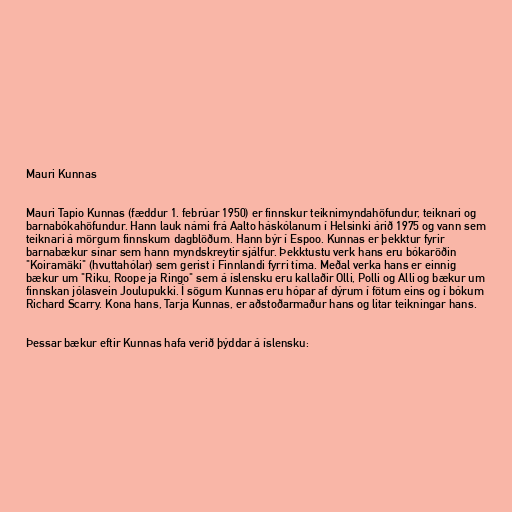
Mauri Kunnas

Mauri Tapio Kunnas (fæddur 1. febrúar 1950) er finnskur teiknimyndahöfundur, teiknari og
barnabókahöfundur. Hann lauk námi frá Aalto háskólanum í Helsinki árið 1975 og vann sem
teiknari á mörgum finnskum dagblöðum. Hann býr í Espoo. Kunnas er þekktur fyrir
barnabækur sínar sem hann myndskreytir sjálfur. Þekktustu verk hans eru bókaröðin
"Koiramäki" (hvuttahólar) sem gerist í Finnlandi fyrri tíma. Meðal verka hans er einnig
bækur um "Riku, Roope ja Ringo" sem á íslensku eru kallaðir Olli, Polli og Alli og bækur um
finnskan jólasvein Joulupukki. Í sögum Kunnas eru hópar af dýrum í fötum eins og í bókum
Richard Scarry. Kona hans, Tarja Kunnas, er aðstoðarmaður hans og litar teikningar hans.

Þessar bækur eftir Kunnas hafa verið þýddar á íslensku: